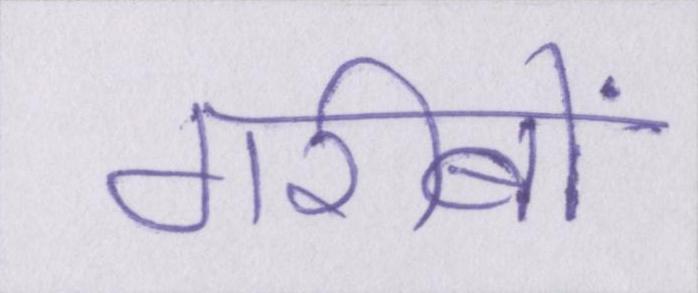
गरीबों